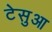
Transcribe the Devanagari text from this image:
टेसुआ